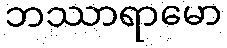
ဘဿာရာမော